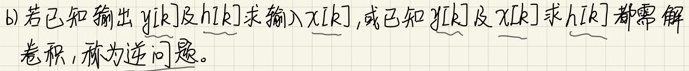
b) 若已知输出$y[k]$及$h[k]$求输入$x[k]$，或已知$y[k]$及$x[k]$求$h[k]$都需解
卷积，称为逆问题。